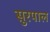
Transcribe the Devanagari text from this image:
सुरपाल